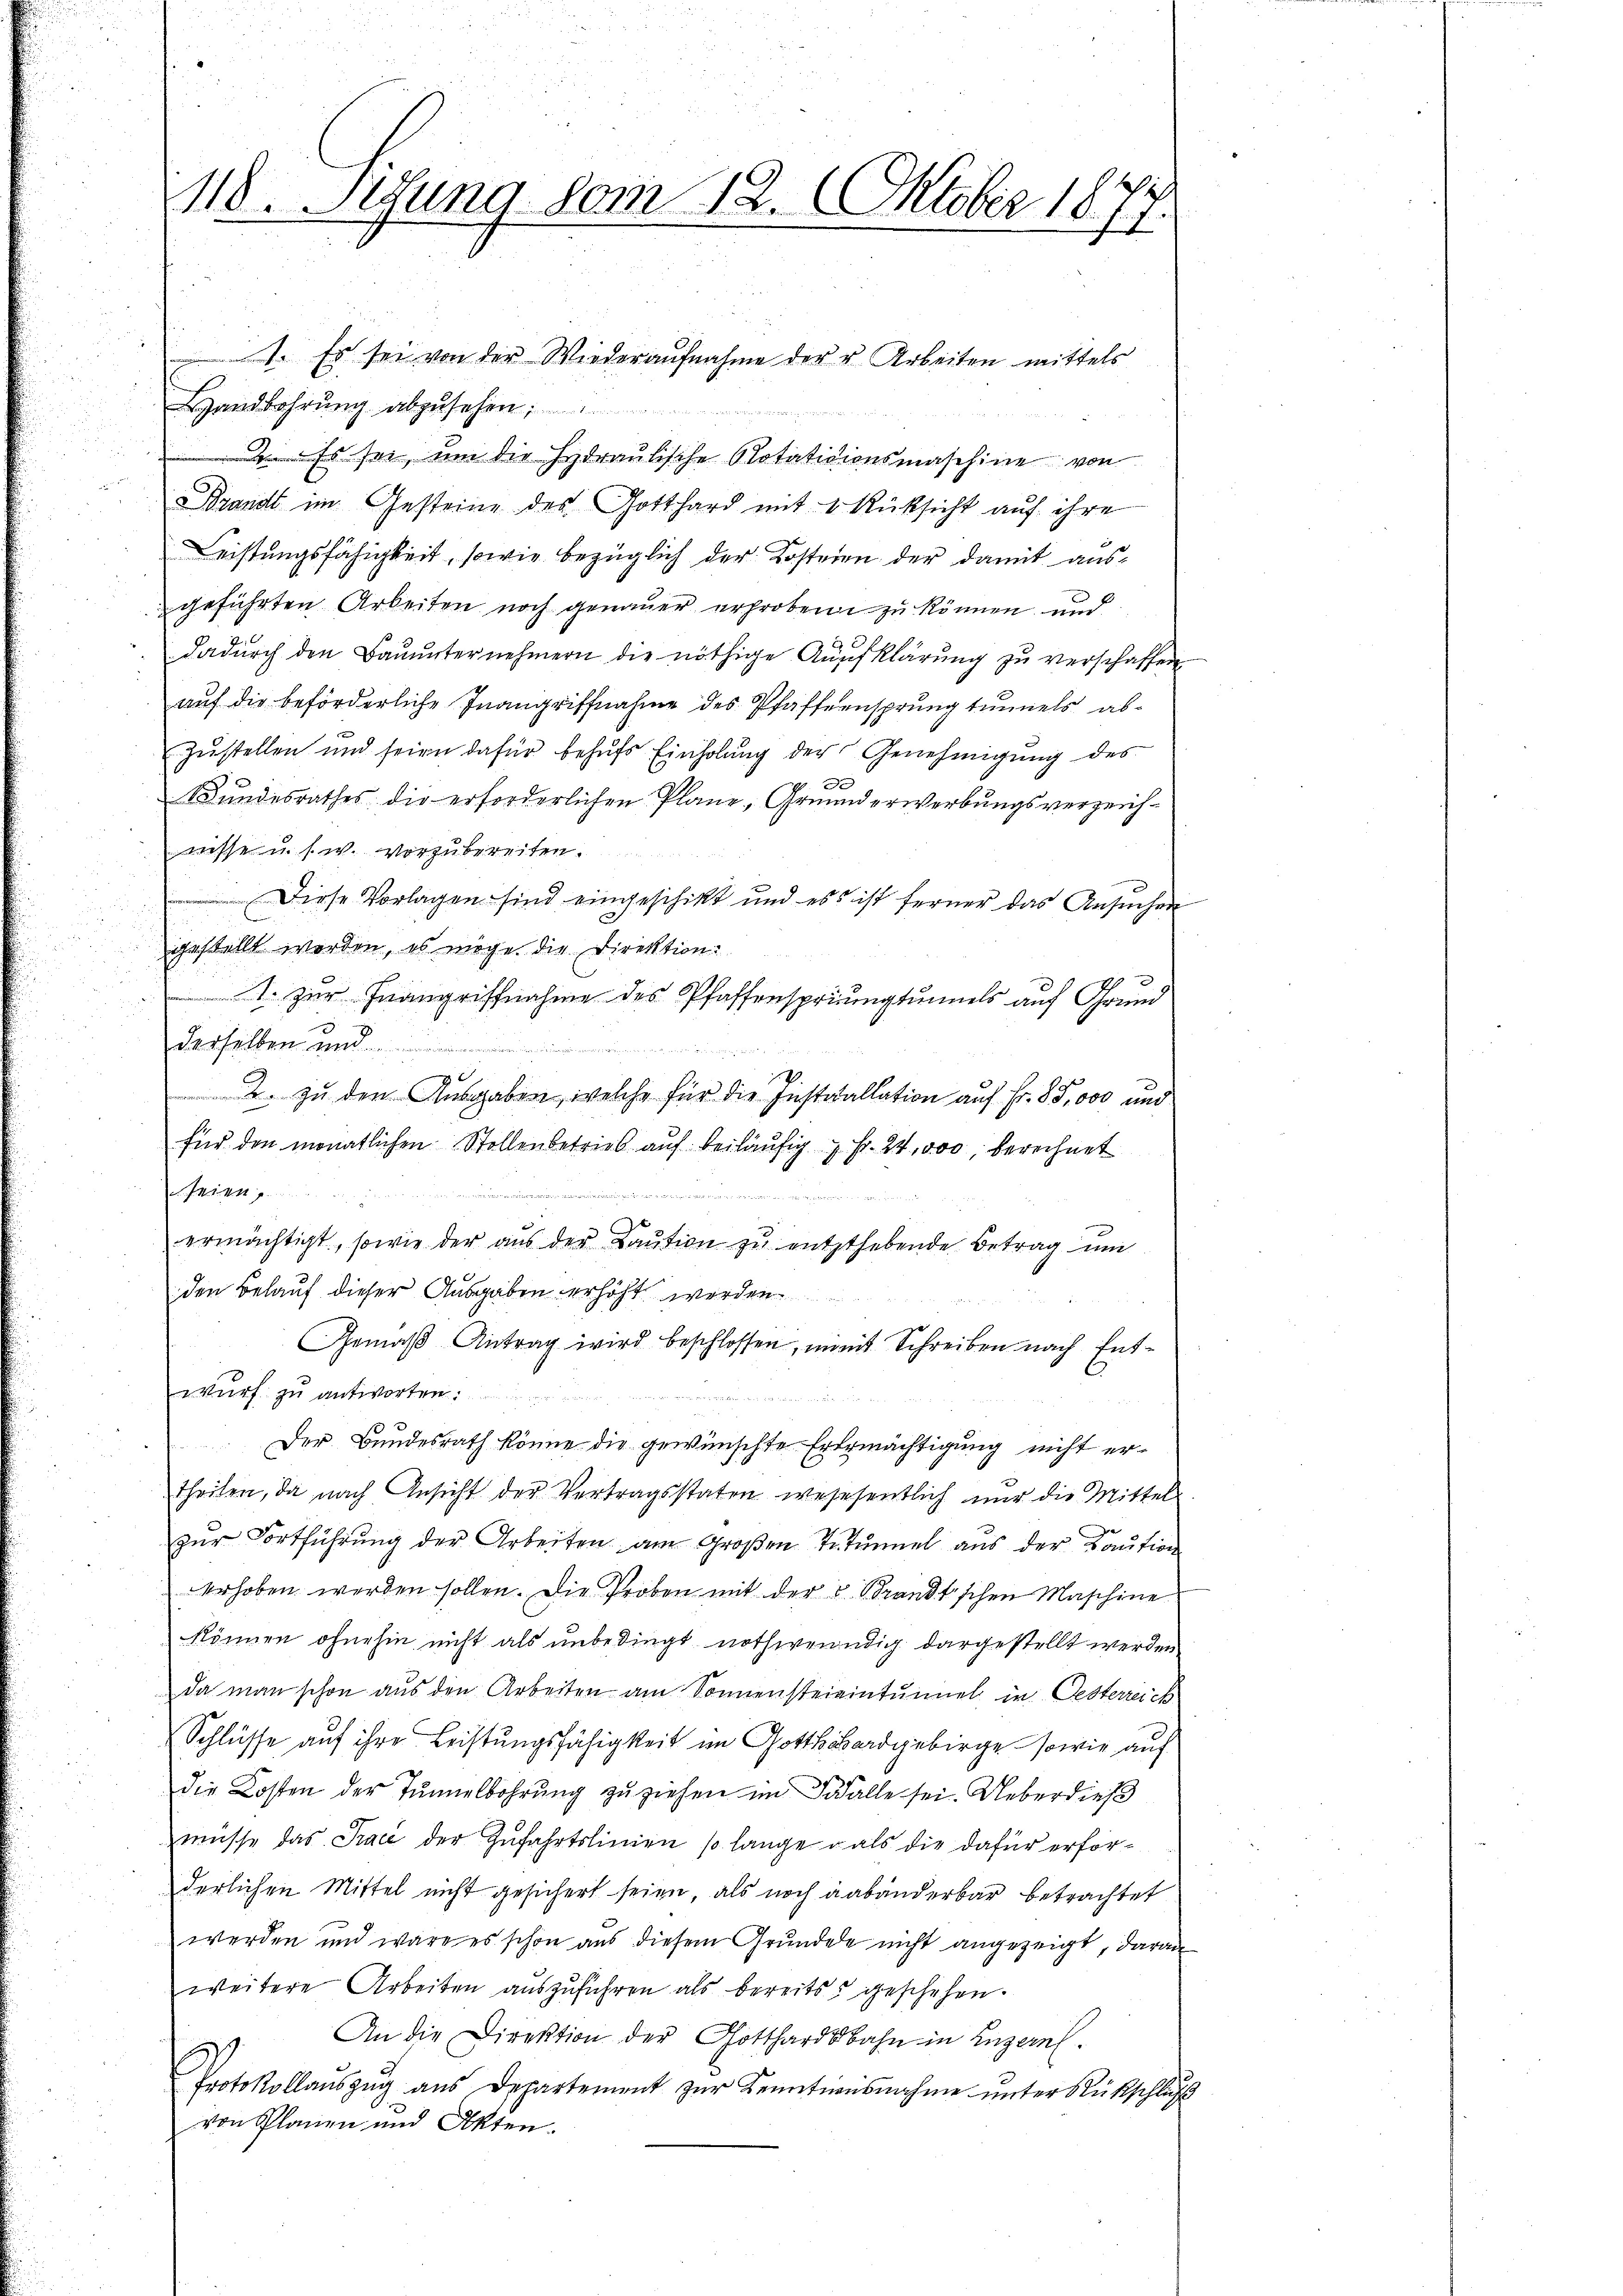
118. Sedung vom 12. Oktober 1877.

1. Es sei von der Wiederaŭfnahme der u. Arbeiten mittels
Landbohrung abzusehen;
 Es sei, um die Hydraulische Rotatitionsmaschine von
Brandt im Gesteine des Gotthard mit 4 Rücksicht auf ihre
eistungsfähigkeit, sowie bezüglich der Kosteien der damit ausgeführten Arbeiten noch genauer erhoben zu können, und
dadŭrch den Baŭŭnternehmern die nöthige Aufklärŭng zŭ verschaffen
auf die beförderliche Inangriffnahme des Pfaffeensprung tunnels abzŭstellen und seien dafür behŭfs Einholŭng der Genehmigŭng des
Bundesrathes die erforderlichen Plane, Grunderwerbungsverzeichwisse u. s. w. vorzubereiten.
Diese Vorlagen sind eingeschickt und es ist ferner das Ansuchen
gestellt worden, es möge die Direktion
. zur Inangriffnahme des Pfaffenspringtummels auf Grund
derselben und

. zu den Ausgaben, welche für die Installation auf Fr. 85,000 und
für den monatlichen Stollenbetrieb auf beiläufig u. Fr. 24,000, berechnet
seien
ermächtigt, sowie der aŭs der Kaŭtion zŭ entzthebende Betrag ŭm
den Belauf dieser Ausgaben erhöht werden
Gemäß Antrag wird beschlossen, womit Schreiben nach Entwurf zu antworten:
Der Bundesrath könne die gewünschte Erbemächtigung nicht ertheilen, da nach Ansicht der Vertragsstaten wesesentlich nur die Mittels
zur Fortführung der Arbeiten am Großen Testimmel aus der Kaution
erhoben werden sollen. Die Proben mit der Brandtschen Maschine
können ohnehin nicht als unbedingt nothwendig dargestellt werden
da man schon aus den Arbeiten am Sonnensteieintunuel in Oesterreich
Schlüsse auf ihre Leistungsfähigkeit im Gotts Bordgebirge sowie auf
die Kosten der Tunnelbohrung zu ziehen im Falle sei. Ueberdies
müsse das Trace der Zufahrtslinien so lange als die dafür erforderlichen Mittel nicht gesichert seien, als noch aabänderbar betrachtet
werden und wäre es schon aus diesem Grundete nicht angezeigt, daran
weitere Arbeiten auszuführen als bereits geschehen.
An die Direktion der Gotthardbahn in Luzern.
Protokollaŭszŭg aŭs Departement zŭr Kenntnisnahme unter Rückschluß
von Planen und Akten.